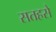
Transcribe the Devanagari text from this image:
सतहसे